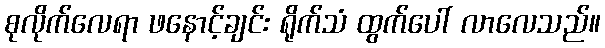
စုလိုက်လေရာ ဖနောင့်ချင်း ရိုက်သံ ထွက်ပေါ် လာလေသည်။